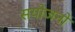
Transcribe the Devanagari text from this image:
सयोजनों